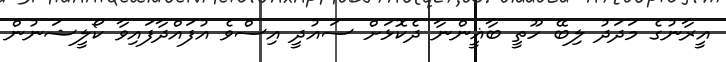
އީރާނުގެ މަދަދު ލިބޭ ހޫތީ ބާޣީންނާ ދެކޮޅަށް ސައުދީ އިސްވެ އުފައްދާފައިވާ ކޯލީޝަނުން